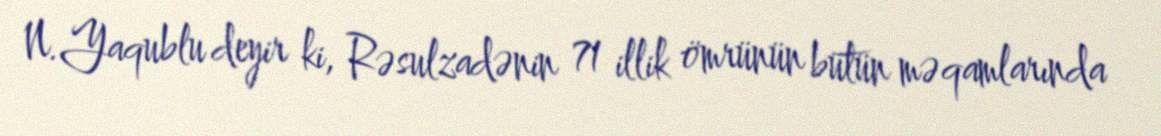
N.Yaqublu deyir ki, Rəsulzadənin 71 illik ömrünün bütün məqamlarında